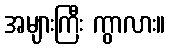
အများကြီး ကွာလား။